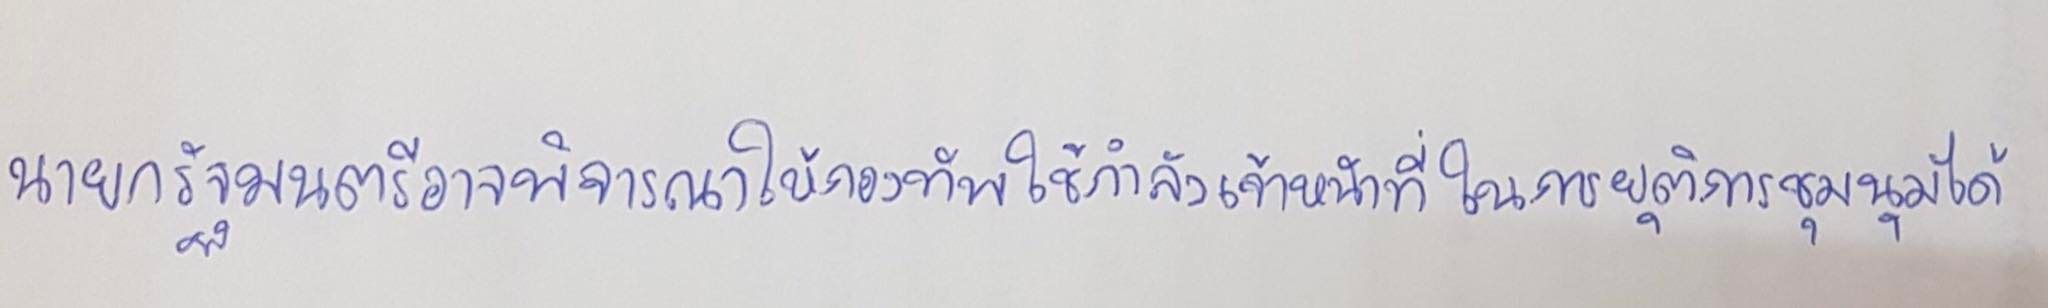
นายกรัฐมนตรีอาจพิจารณาให้กองทัพใช้กำลังเจ้าหน้าที่ในการยุติการชุมนุมได้